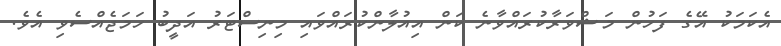
އެކަމަކު އޭގެ ފަހުން މަޝްވަރާކުރައްވާނެ ކަން އިއުލާންކުރައްވައި މިނިސްޓަރު އަދީބު ހަމަޖެއްސެވި އެވެ.